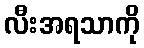
လီးအရသာကို